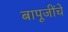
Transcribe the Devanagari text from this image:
बापूजींचे